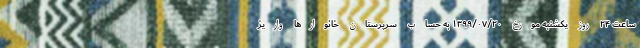
ساعت ۲۴ روز یکشنبه مورخ ۱۳۹۹/۰۷/۲۰ به حساب سرپرستان خانوار‌ها واریز